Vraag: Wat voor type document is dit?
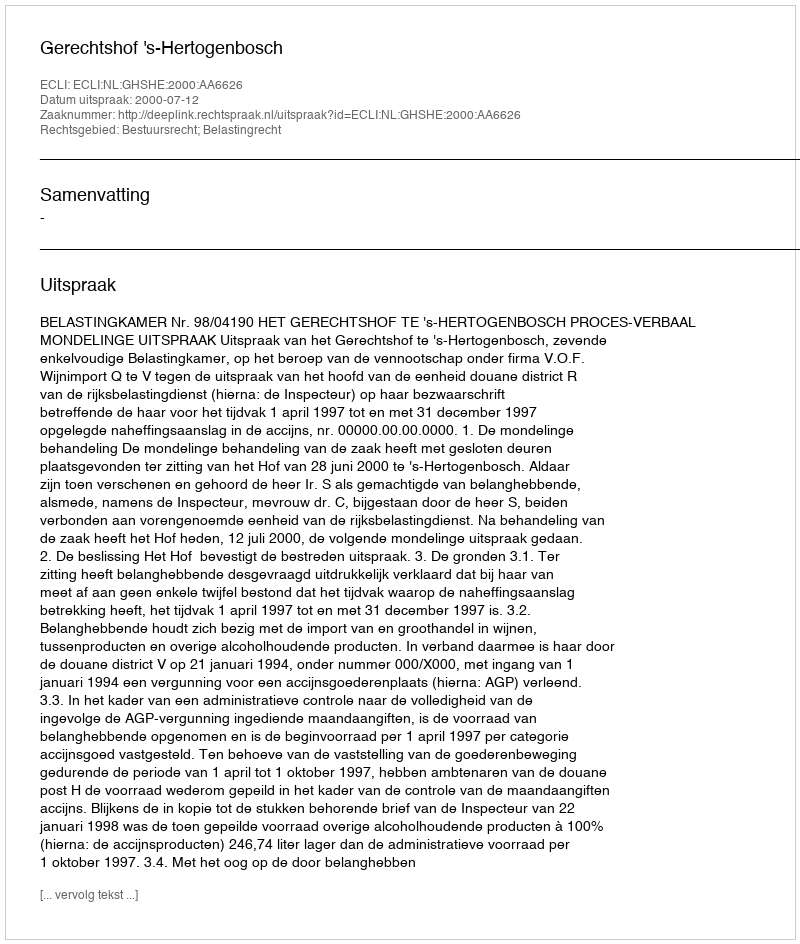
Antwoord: Uitspraak